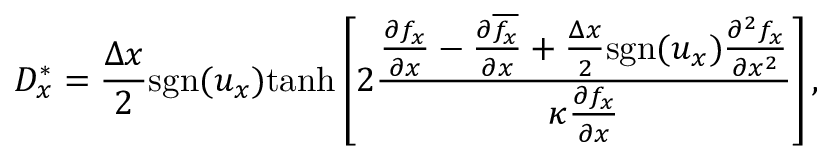
D _ { x } ^ { \ast } = \frac { \Delta x } { 2 } \mathrm { s g n } ( u _ { x } ) \mathrm { t a n h } \left[ 2 \frac { \frac { \partial f _ { x } } { \partial x } - \frac { \partial \overline { { f _ { x } } } } { \partial x } + \frac { \Delta x } { 2 } \mathrm { s g n } ( u _ { x } ) \frac { \partial ^ { 2 } f _ { x } } { \partial x ^ { 2 } } } { \kappa \frac { \partial { f _ { x } } } { \partial x } } \right] ,